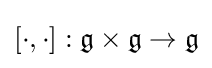
[\cdot ,\cdot ]:{\mathfrak {g}}\times {\mathfrak {g}}\to {\mathfrak {g}}